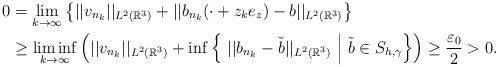
LaTeX: \begin{align*}0&=\lim_{k\to\infty}\left\{ ||v_{n_k}||_{L^{2}(\mathbb{R}^{3})}+||b_{n_k}(\cdot+z_{k}e_z)-b||_{L^{2}(\mathbb{R}^{3})} \right\} \\&\geq\liminf_{k\to\infty}\left( ||v_{n_k}||_{L^{2}(\mathbb{R}^{3})}+\inf\left\{\ ||b_{n_k}-\tilde{b}||_{L^{2}(\mathbb{R}^{3})} \ \middle|\ \tilde{b}\in S_{h,\gamma} \right\}\right)\geq \frac{\varepsilon_0}{2}>0.\end{align*}